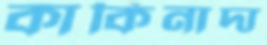
কাকিনাদা